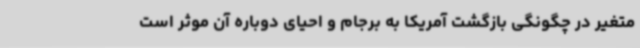
متغیر در چگونگی بازگشت آمریکا به برجام و احیای دوباره آن موثر است